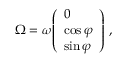
{ \boldsymbol { \Omega } } = \omega { \left( \begin{array} { l } { 0 } \\ { \cos \varphi } \\ { \sin \varphi } \end{array} \right) } \ ,